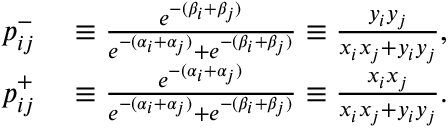
\begin{array} { r l } { p _ { i j } ^ { - } } & { { } \equiv \frac { e ^ { - ( \beta _ { i } + \beta _ { j } ) } } { e ^ { - ( \alpha _ { i } + \alpha _ { j } ) } + e ^ { - ( \beta _ { i } + \beta _ { j } ) } } \equiv \frac { y _ { i } y _ { j } } { x _ { i } x _ { j } + y _ { i } y _ { j } } , } \\ { p _ { i j } ^ { + } } & { { } \equiv \frac { e ^ { - ( \alpha _ { i } + \alpha _ { j } ) } } { e ^ { - ( \alpha _ { i } + \alpha _ { j } ) } + e ^ { - ( \beta _ { i } + \beta _ { j } ) } } \equiv \frac { x _ { i } x _ { j } } { x _ { i } x _ { j } + y _ { i } y _ { j } } . } \end{array}